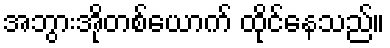
အဘွားအိုတစ်ယောက် ထိုင်နေသည်။